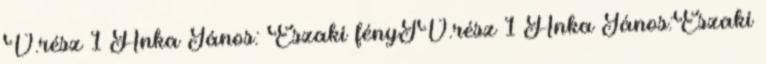
V.rész 1 Anka János: Északi fényIV.rész 1 Anka János:Északi